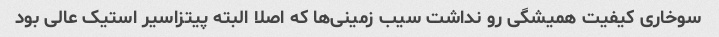
سوخاری کیفیت همیشگی رو نداشت سیب زمینی‌ها که اصلا البته پیتزاسیر استیک عالی بود